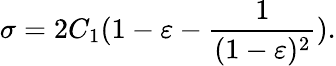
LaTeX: \sigma=2C_{1}(1-\varepsilon-\frac{1}{(1-\varepsilon)^{2}}).